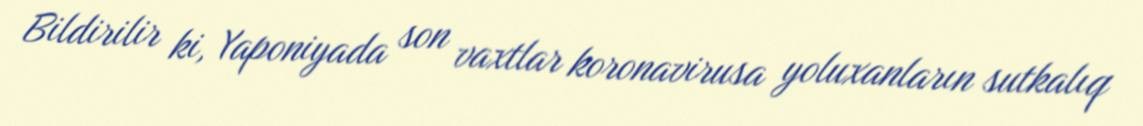
Bildirilir ki, Yaponiyada son vaxtlar koronavirusa yoluxanların sutkalıq